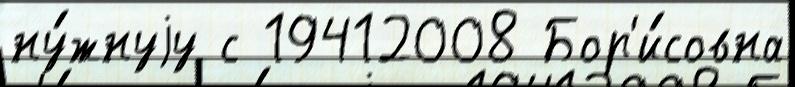
ну́жнуjу с 19412008 Бор'и́совна